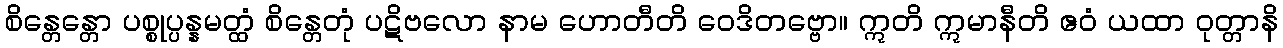
စိန္တေန္တော ပစ္စုပ္ပန္နမတ္ထံ စိန္တေတုံ ပဋိဗလော နာမ ဟောတီတိ ဝေဒိတဗ္ဗော။ ဣတိ ဣမာနီတိ ဧဝံ ယထာ ဝုတ္တာနိ